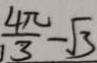
\frac { 4 \pi } { 1 3 } - \sqrt { 3 }